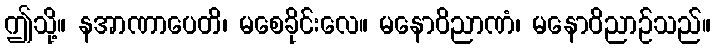
ဤသို့။ နအာဏာပေတိ၊ မစေခိုင်းလေ။ မနောဝိညာဏံ၊ မနောဝိညာဉ်သည်။